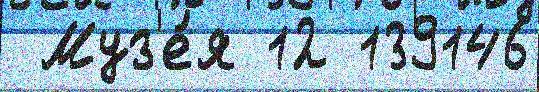
 Муз'е́я 12 139146